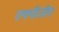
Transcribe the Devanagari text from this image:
एफ्पीजीए